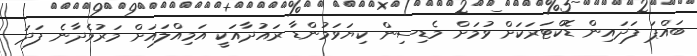
ބައްޕަ ފަދައިން ޑޮކްޓަރަކަށް ވުމަށް މެޑިސިން ކިޔަވަމުންޑާ ރައުދާއަކީ އަމިއްލައަށް މަރުވެދާނެ ފަދަ